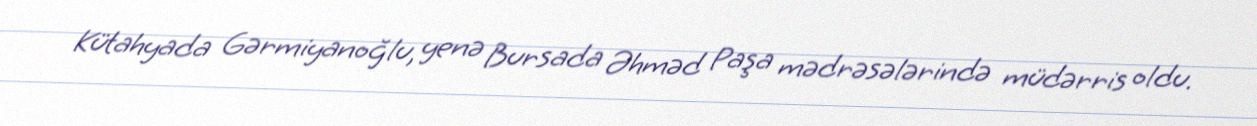
Kütahyada Gərmiyanoğlu, yenə Bursada Əhməd Paşa mədrəsələrində müdərris oldu.